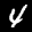
Label: 4